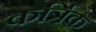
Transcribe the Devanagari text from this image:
कर्त्रिक